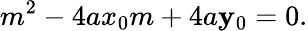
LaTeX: m^{2}-4ax_{0}m+4a\mathbf{y}_{0}=0.